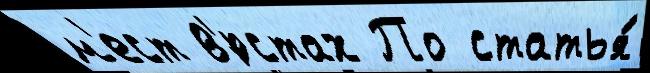
м'ест в'́рстах По статья́